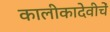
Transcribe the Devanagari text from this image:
कालीकादेवीचें